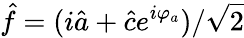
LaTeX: \hat{f}=(i\hat{a}+\hat{c}e^{i\varphi_{a}})/\sqrt{2}